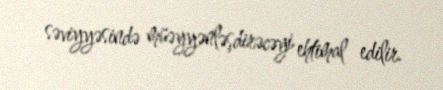
səviyyəsində müəyyənləşdirəcəyi ehtimal edilir.